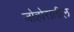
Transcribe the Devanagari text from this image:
जोहोरातील